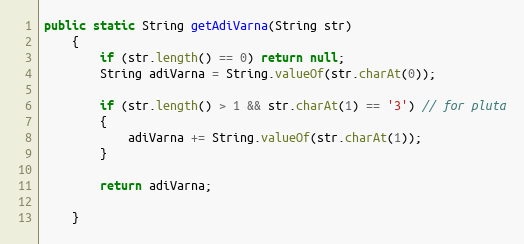
Language: Java
public static String getAdiVarna(String str)
    {
        if (str.length() == 0) return null;
        String adiVarna = String.valueOf(str.charAt(0));

        if (str.length() > 1 && str.charAt(1) == '3') // for pluta
        {
            adiVarna += String.valueOf(str.charAt(1));
        }

        return adiVarna;

    }